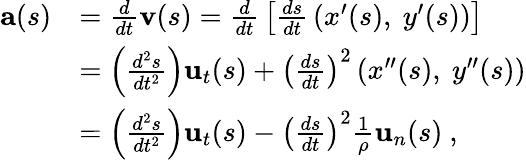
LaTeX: {\begin{array}{rl}{\mathbf{a}(s)}&{={\frac{d}{dt}}\mathbf{v}(s)={\frac{d}{dt}}\left[{\frac{ds}{dt}}\left(x^{\prime}(s),\ y^{\prime}(s)\right)\right]}\\ &{=\left({\frac{d^{2}s}{dt^{2}}}\right)\mathbf{u}_{t}(s)+\left({\frac{ds}{dt}}\right)^{2}\left(x^{\prime\prime}(s),\ y^{\prime\prime}(s)\right)}\\ &{=\left({\frac{d^{2}s}{dt^{2}}}\right)\mathbf{u}_{t}(s)-\left({\frac{ds}{dt}}\right)^{2}{\frac{1}{\rho}}\mathbf{u}_{n}(s)\ ,}\end{array}}